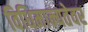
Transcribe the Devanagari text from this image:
विधिमान्यतेवर